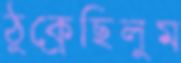
ঠুক্‌রেছিলুম